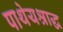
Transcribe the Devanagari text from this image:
पाथेयश्राद्ध